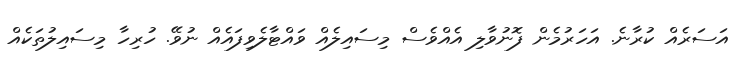
އަސަރެއް ކުރާނެ. އަހަރުމެން ފޮނުވާލި އެއްވެސް މިސައިލެއް ވައްޓާލެވިފައެއް ނުވޭ. ހުރިހާ މިސައިލުތަކެއް